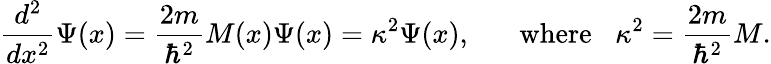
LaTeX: {\frac{d^{2}}{dx^{2}}}\Psi(x)={\frac{2m}{\hbar^{2}}}M(x)\Psi(x)={\kappa}^{2}\Psi(x),\; \; \; \; \; \; \mathrm{where}\; \; \; {\kappa}^{2}={\frac{2m}{\hbar^{2}}}M.